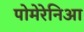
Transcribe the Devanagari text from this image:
पोमेरेनिआ